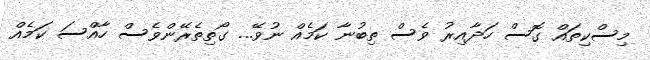
މިސްކިތައް ގޮސް ހަދާއިރު ވެސް ތިބުނާ ކަމެއް ނުވޭ... ގޯތިތެރޭންވެސް ހާއްސަ ކަމެއް